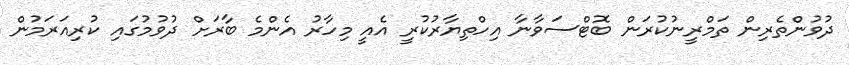
ދުވުންތެރިން ތަމްރީނުކުރަން ބޮޓްސަވާނާ އިހްތިޔާރުކުރީ އެއީ މިހާރު އެންމެ ބާރަށް ދުވުމުގައި ކުރިއަރަމުން